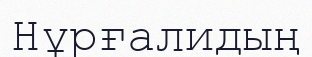
Нұрғалидың